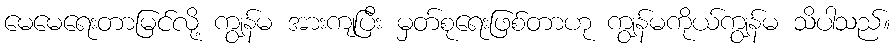
မေမေရေးတာမြင်လို့ ကျွန်မ အားကျပြီး မှတ်စုရေးဖြစ်တာဟု ကျွန်မကိုယ်ကျွန်မ သိပါသည်။